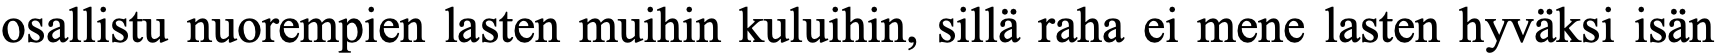
osallistu nuorempien lasten muihin kuluihin, sillä raha ei mene lasten hyväksi isän